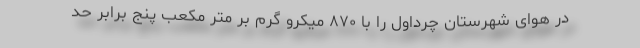
در هوای شهرستان چرداول را با ۸۷۰ میکرو گرم بر متر مکعب پنج برابر حد